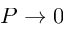
P \to 0